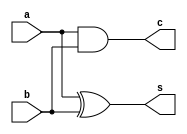
`timescale 1ns / 1ns
module hag(s,c,a,b);
input a,b;
output s,c;
xor sum(s,a,b);
and carry(c,a,b);
endmodule